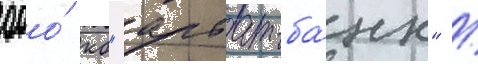
ооо́ кб "арбат-ба́нк" /